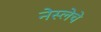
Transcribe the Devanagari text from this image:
नेस्लेचे